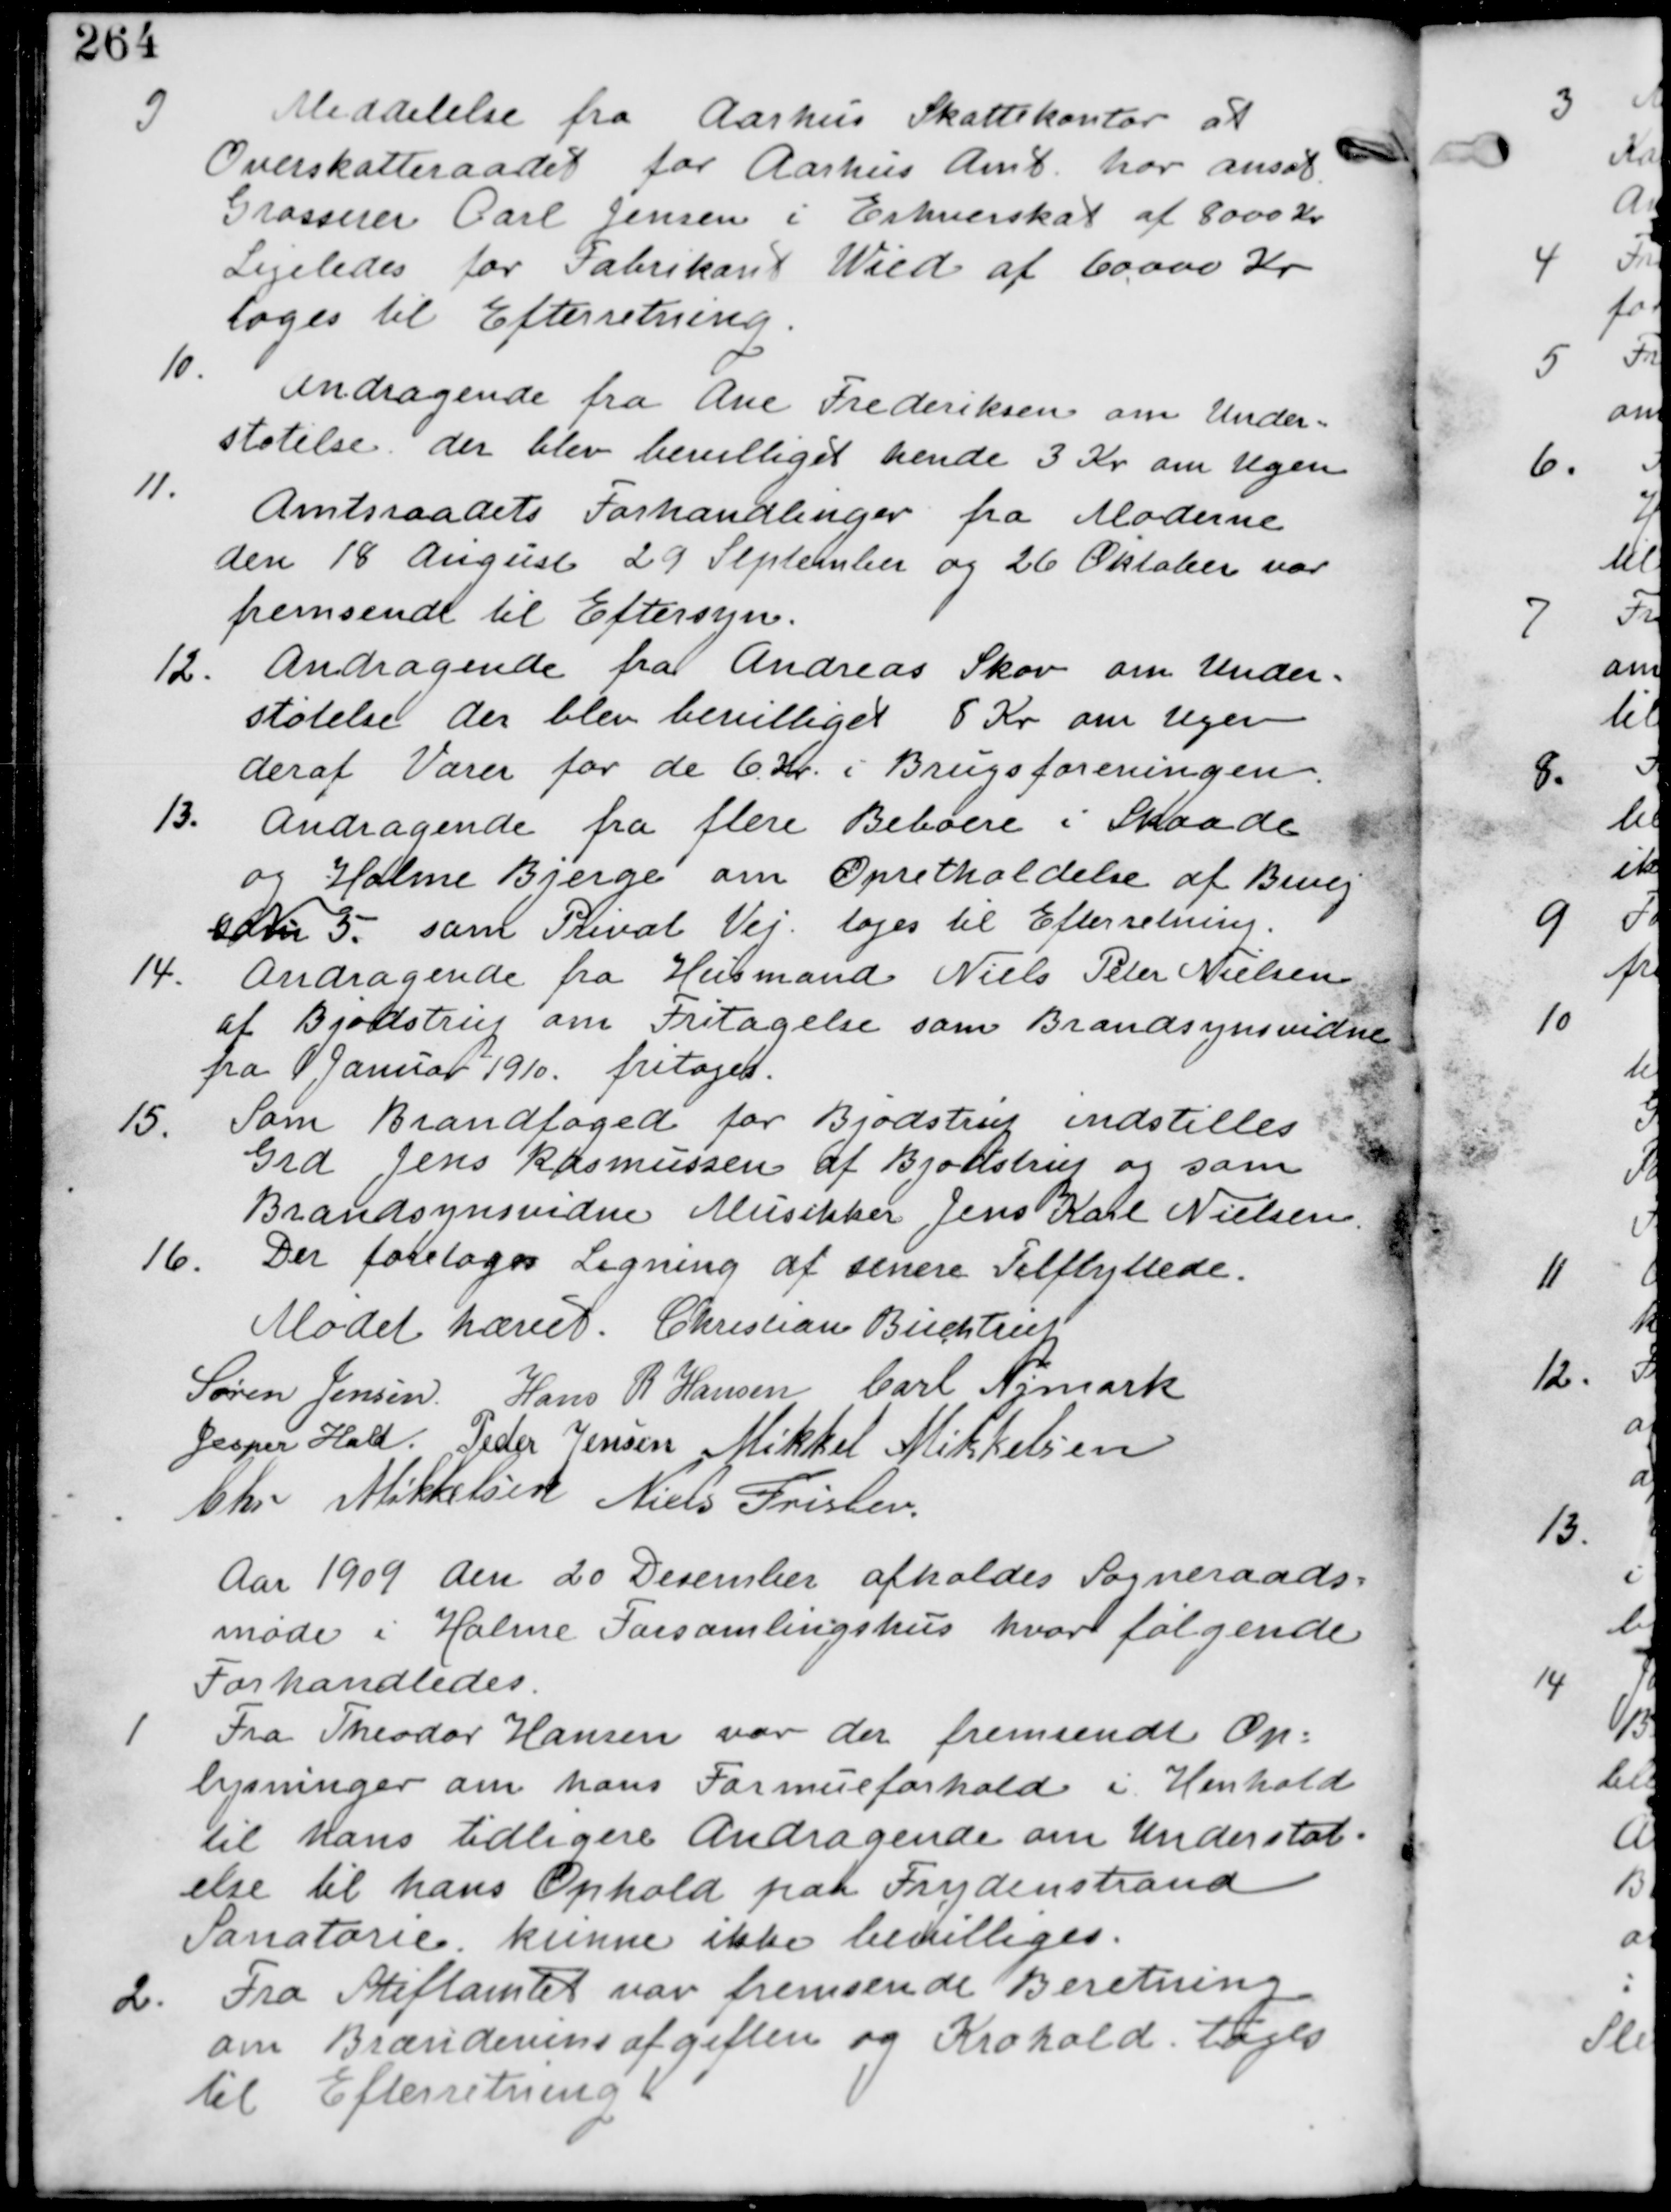
Transskription:
9
Meddelelse fra Aarhus Skattekontor at
Overskatteraadet for Aarhus Amt har ansat
Grosserer Carl Jensen i Erhvervskat af 8000 Kr
Ligeledes for Fabrikant Wied af 60.000 Kr
tages til Efterretning.

10.
Andragende fra Ane Frederiksen om Under-
støttelse der blev bevilliget hende 3 Kr om Ugen

11.
Amtsraadets Forhandlinger fra Møderne
den 18 August 29 September og 26 Oktober var
fremsendt til Eftersyn

12. Andragende fra Andreas Skov om Under-
støtelse der blev bevilliget 8 Kr om Ugen
deraf Varer for de 6 Kr i Brugsforeningen.

13.
Andragende fra flere Beboere i Skaade
og Holme Bjerge om Opretholdelse af Bivej
som 5. som Privat Vej tages til Efterretning

14. Andragende fra Husmand Niels Peter Nielsen
af Bjødstrup om Fritagelse som Brandsynsvidne
fra 1 Januar 1910. fritaget

15.
Som Brandforged for Bjødstrup indstilles
Grd Jens Rasmussen af Bjødstrup og som
Brandsynsvidne Musikker Jens Karl Nielsen.

16. Der foretages Ligning af senere Tilflyttere.

Mødet hævet. Christian Buchtrup
Søren Jensen Hans R Hansen Carl Nymark
Jesper Hald. Peder Jensen Mikkel Mikkelsen
Chr Mikkelsen Niels Frislev.

Aar 1909 den 20 December afholdes Sogneraads-
møde i Holme Forssamlingshus hvor følgende
Forhandledes.

1 Fra Theodor Hansen var der fremsendt Op-
lysninger om hans Formueforhold i Henhold
til hans tidligere Andragende om Understøt-
else til hans Ophold paa Frydenstrand
Sanatorie. kunne ikke bevilliges.

2. Fra Stiftamtet var fremsendt Beretning
om Brændevinsafgiften og Krohold. tages
til Efterretning.